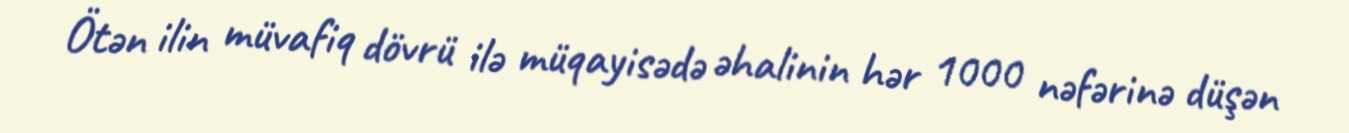
Ötən ilin müvafiq dövrü ilə müqayisədə əhalinin hər 1000 nəfərinə düşən